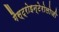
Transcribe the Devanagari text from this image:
गैस्ट्रोइन्टेरोलोजी